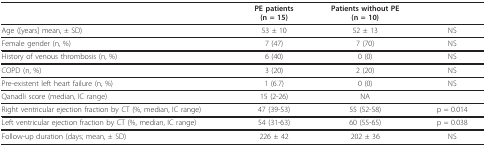
|  | PE patients(n = 15) | Patients without PE(n = 10) |  |
 | --- | --- | --- | --- |
 | Age ([years] mean, ± SD) | 53 ± 10 | 52 ± 13 | NS |
 | Female gender (n, %) | 7 (47) | 7 (70) | NS |
 | History of venous thrombosis (n, %) | 6 (40) | 0 (0) | NS |
 | COPD (n, %) | 3 (20) | 2 (20) | NS |
 | Pre-existent left heart failure (n, %) | 1 (6.7) | 0 (0) | NS |
 | Qanadli score (median, IC range) | 15 (2-26) | NA |  |
 | Right ventricular ejection fraction by CT (%, median, IC range) | 47 (39-53) | 55 (52-58) | p = 0.014 |
 | Left ventricular ejection fraction by CT (%, median, IC range) | 54 (31-63) | 60 (55-65) | p = 0.038 |
 | Follow-up duration (days; mean, ± SD) | 226 ± 42 | 202 ± 36 | NS |